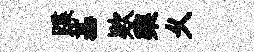
蹀基欵棃乆